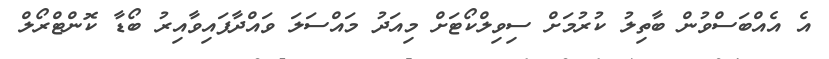
އެ އެއްބަސްވުން ބާތިލު ކުރުމަށް ސިވިލްކޯޓަށް މިއަދު މައްސަލަ ވައްދާފައިވާއިރު ބޯޑާ ކޮންޓްރޯލް